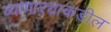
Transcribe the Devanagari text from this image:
व्यापाऱ्याकडील